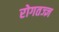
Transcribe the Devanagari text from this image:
रोगतज्ज्ञ